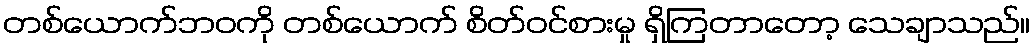
တစ်ယောက်ဘဝကို တစ်ယောက် စိတ်ဝင်စားမှု ရှိကြတာတော့ သေချာသည်။